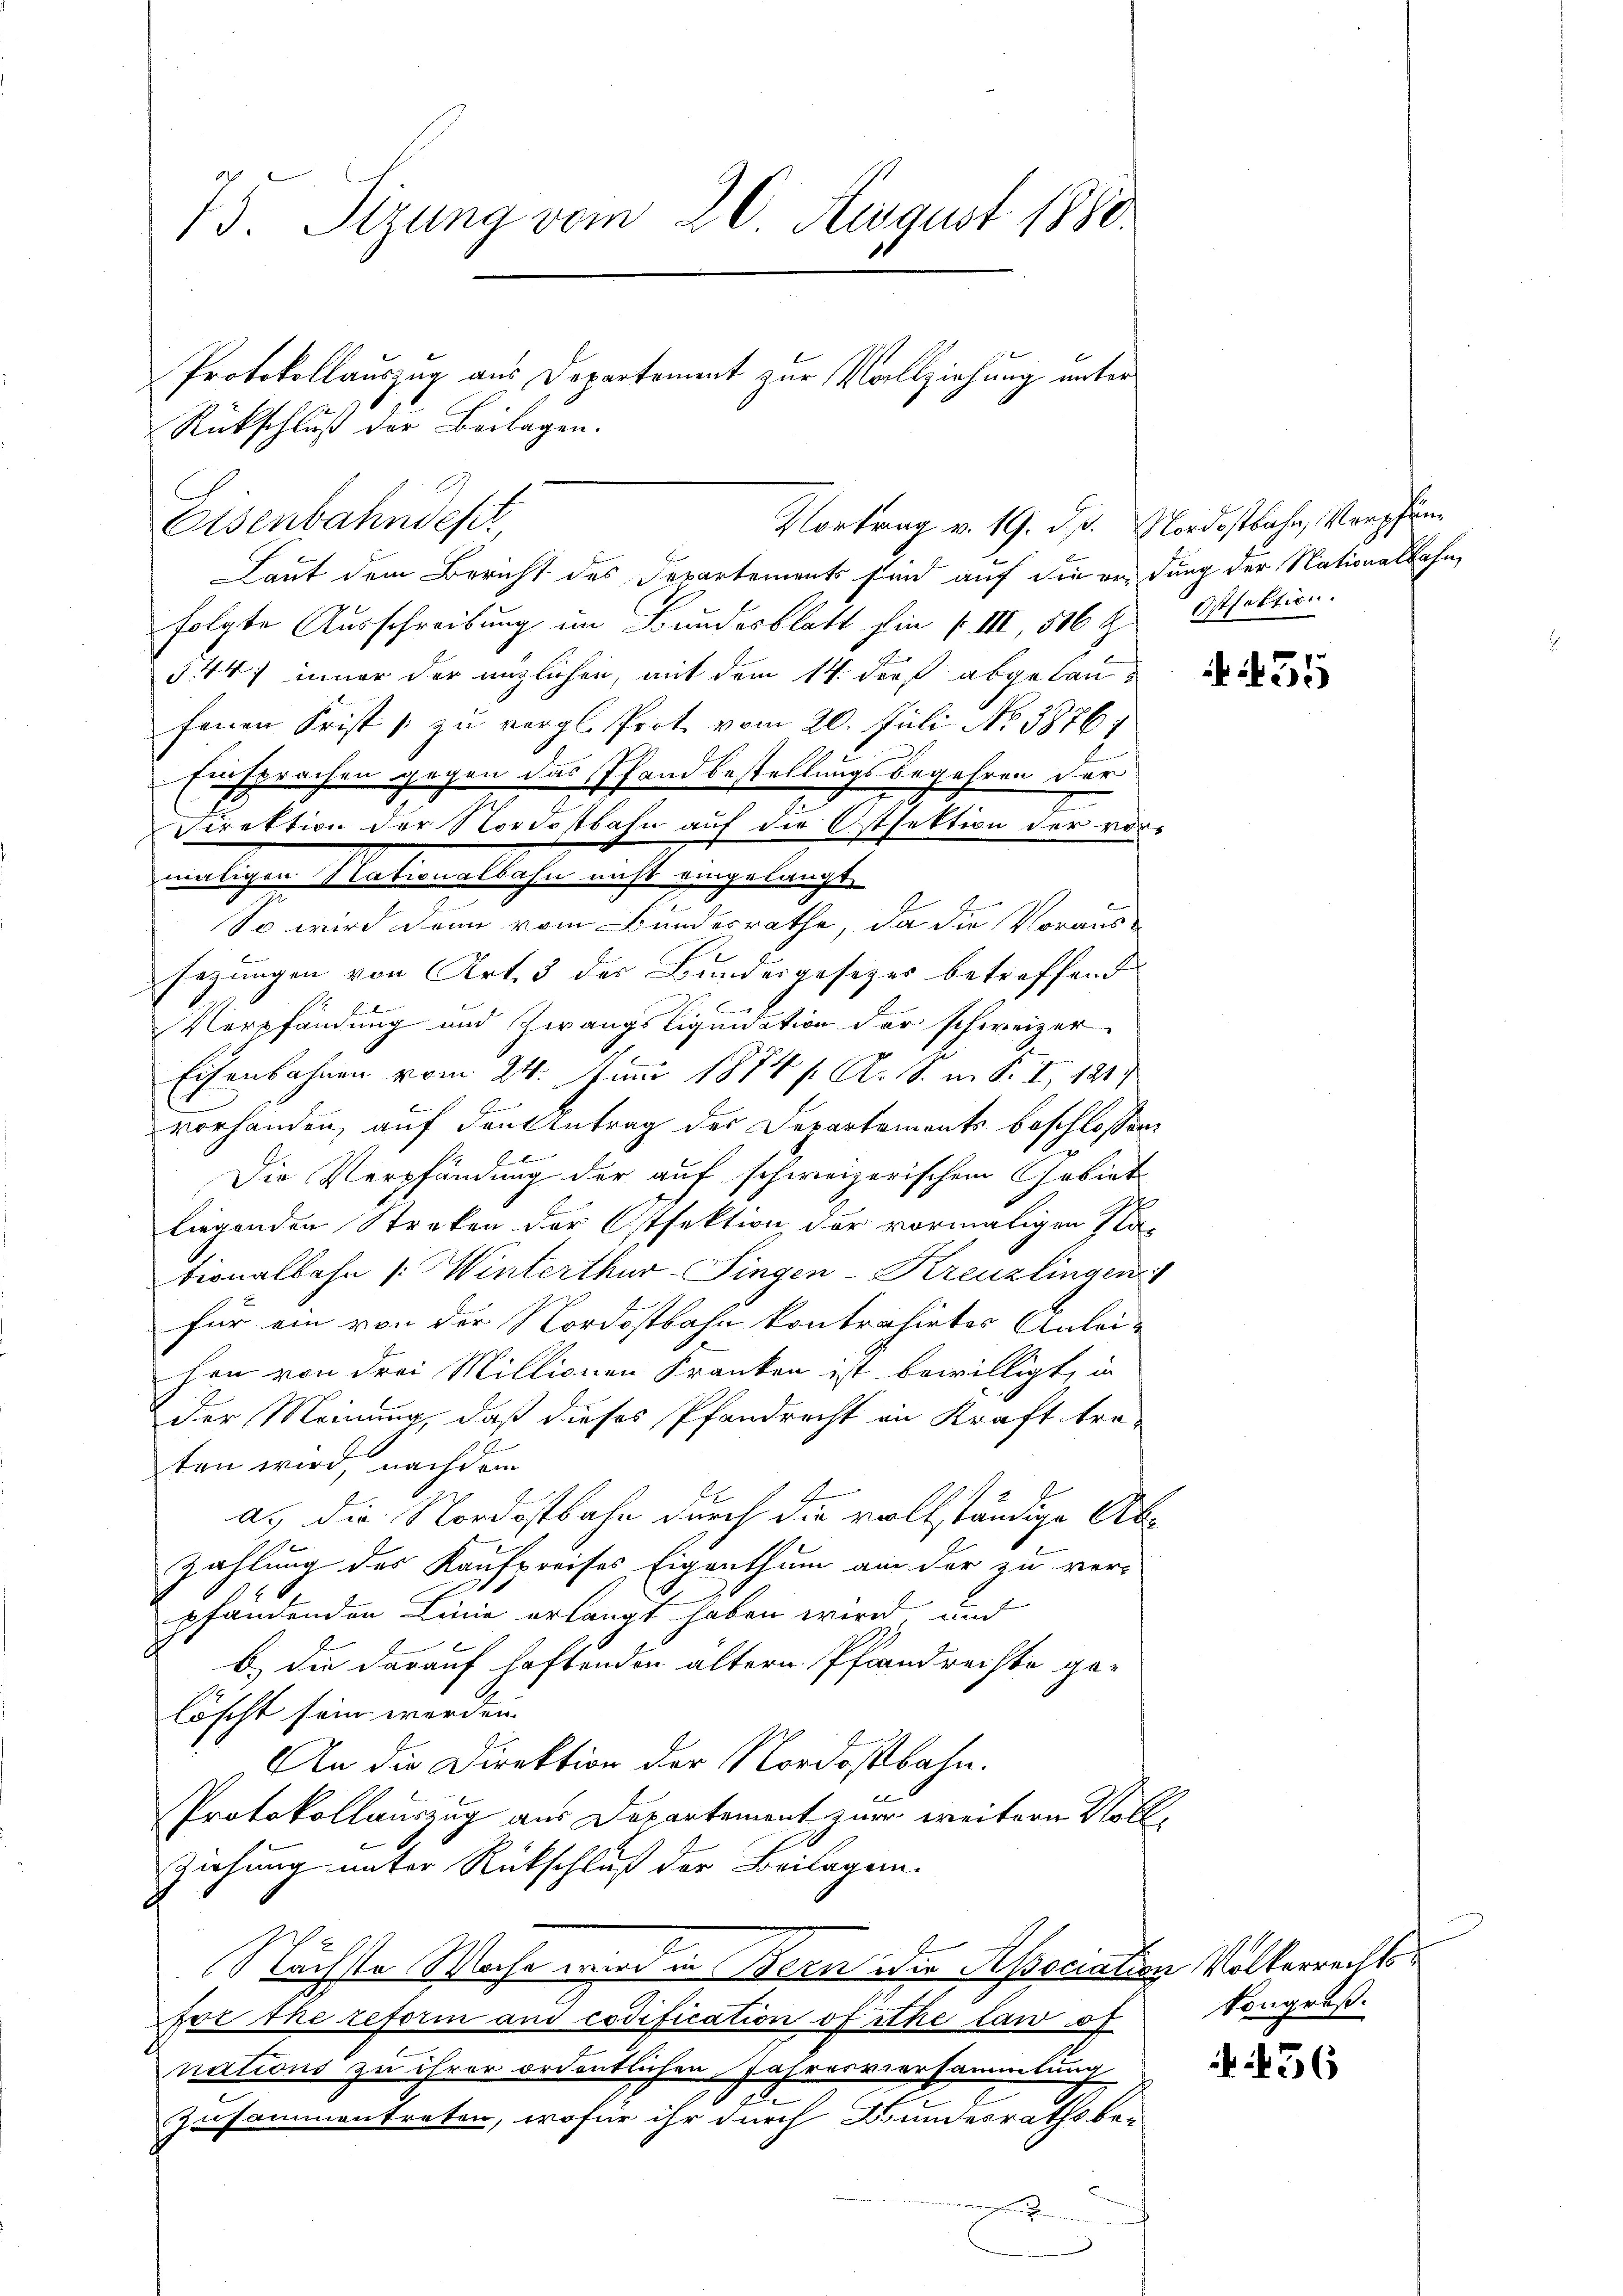
73. Sizung vom 20. August 1880.
Protokollauszug aus Departement zur Vollziehung unter
Rückschluß der Beilagen.

Eisenbahndesch,
Laut dem Bericht des Departements sind auf die erdung der Nationalbahn,
folgte Ausschreibung im Bundesblatt fin f. III, 516 Z
5447 inner der englichen, mit dem 14. darf abgelanfenen Frist zu vergl. Prot. vom 20. Juli No 38764
Einsprachen gegen das Pfandbestellungsbegehren der
Direktion der Nordostbahn auf die Ostsektion der vor¬
So wird dann vom Bundesrathe, da die Voraus-
sezungen von Art. 3 der Bundesgesetzes betreffend
Verpfändung und Zwangsliquidation der schweizer
Eisenbahnen vom 24. Juni 1874 f. A. 10. in S. I, 1817
6
vorhanden, auf den Antrag der Departements beschlossen,
Die Verpfändung der auf schweizerischem Gebiet
liegenden Streken der Ostfektion der vormaligen Na-
tionalbahn /: Winterthur-Fingen-Kreuzlingen
für ein von der Nordostbahn kontrahirtes Anleihen von drei Millionen Kranken ist bewilligt, in
der Meinung, daß dieses Pfandrecht in Kraft tra-
ten wird, nachdem
as die Nordostbahn durch die vollständige Ab¬
Zahlung des Kaufpreises Eigenthum am der zu ver-
pfandenden Linie erlangt haben wird und
b.) die darauf haftenden ältern Pfandrechte ge-
löscht sein werden.
An die Direktion der Nordostbahn.
Protokollauszug aus Departement zur weitern Voll¬
Ziehung unter Rückschluß der Beilagen.
Nächste Woche wird in Bern die Association Volkerrechtse the reform und codification of the law of
nations zu ihrer ordentlichen Jahresversammlung
zusammentreten, wofür ihr durch Bundesraths be-
2

maligen Nationalbahn nicht eingelangt

Vortrag v. 19. ds. Nordostbahn, Verpfän

Ostfaktion.

N 435

kongruß.

36